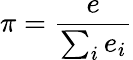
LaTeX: \pi={\frac{e}{\sum_{i}{e_{i}}}}